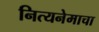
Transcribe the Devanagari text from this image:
नित्यनेमाचा